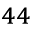
_ { 4 4 }